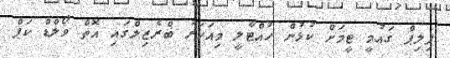
ފިލިޕް ގައުމީ ޓީމަށް ކުޅުން ހުއްޓާލީ މިއަހަރު ބްރެޒިލްގައި އޮތް ވޯލްޑް ކަޕް